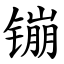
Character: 镚